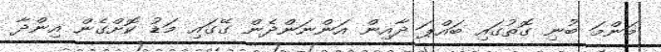
މަންމަ ބުނި ގޮތުގައި ބައްޕަ ދާއިން އަންނަންދެން ގޭގައި މަޑު ކޮށްގެން އިންދާ